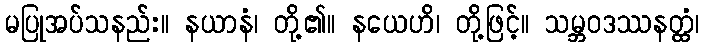
မပြုအပ်သနည်း။ နယာနံ၊ တို့၏။ နယေဟိ၊ တို့ဖြင့်။ သမ္ဘဝဒဿနတ္ထံ၊